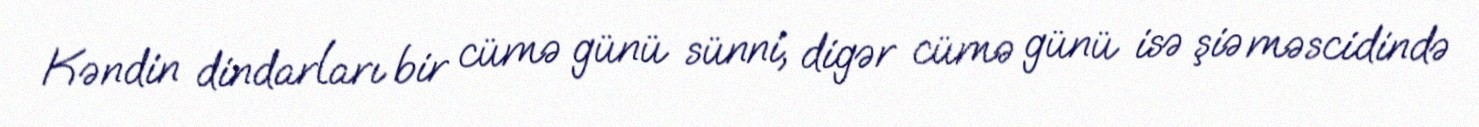
Kəndin dindarları bir cümə günü sünni, digər cümə günü isə şiə məscidində